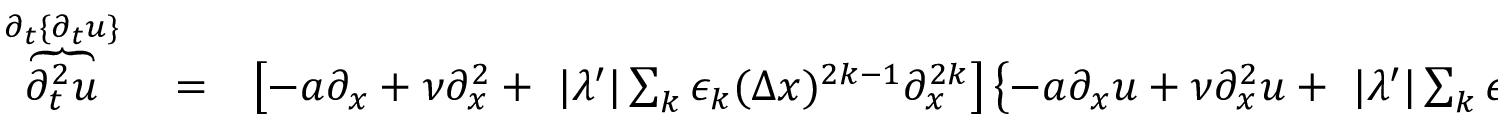
\begin{array} { r l r } { \overbrace { \partial _ { t } ^ { 2 } u } ^ { \partial _ { t } \{ \partial _ { t } u \} } } & { { } = } & { \left[ - a \partial _ { x } + \nu \partial _ { x } ^ { 2 } + \ | \lambda ^ { \prime } | \sum _ { k } \epsilon _ { k } ( \Delta x ) ^ { 2 k - 1 } \partial _ { x } ^ { 2 k } \right] \left\{ - a \partial _ { x } u + \nu \partial _ { x } ^ { 2 } u + \ | \lambda ^ { \prime } | \sum _ { k } \epsilon _ { k } ( \Delta x ) ^ { 2 k - 1 } \partial _ { x } ^ { 2 k } u \right\} } \end{array}